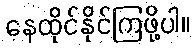
နေထိုင်နိုင်ကြဖို့ပါ။